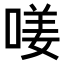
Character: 𠷩